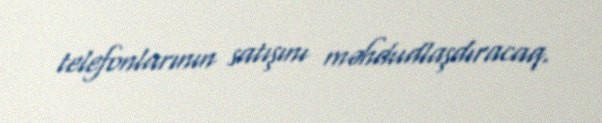
telefonlarının satışını məhdudlaşdıracaq.